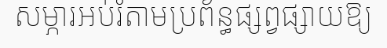
សម្ភារអប់រំតាមប្រព័ន្ធផ្សព្វផ្សាយឱ្យ